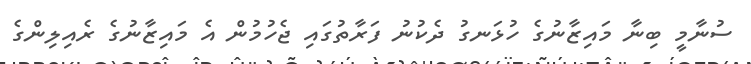
ސުނާމީ ބިނާ މައިޒާނުގެ ހުޅަނގު ދެކުނު ފަރާތުގައި ޖެހުމުން އެ މައިޒާނުގެ ރެއިލިންގެ